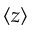
\langle z \rangle